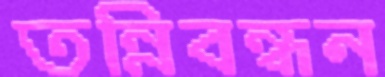
তন্নিবন্ধন